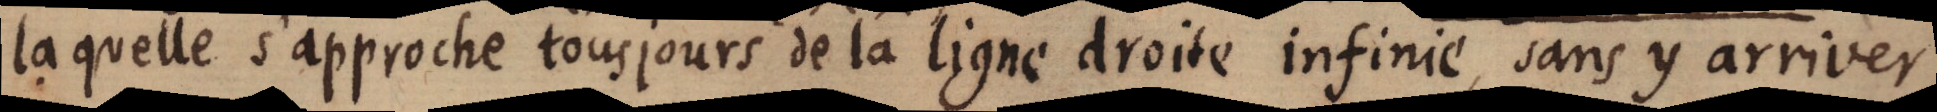
laquelle s’approche tousjours de la ligne droite infinie, sans y arriver